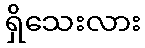
ရှိသေးလား